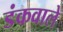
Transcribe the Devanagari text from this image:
डंकवाले